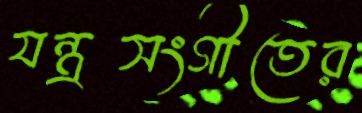
যন্ত্রসংগীতের